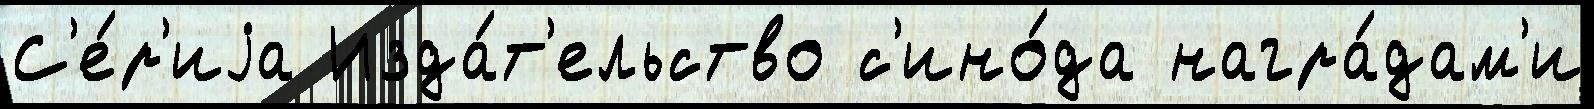
С'е́р'иjа Изда́т'ельство с'ино́да награ́дам'и